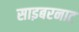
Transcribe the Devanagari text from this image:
साइबरनाट